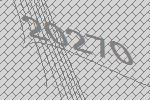
20270